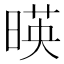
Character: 暎